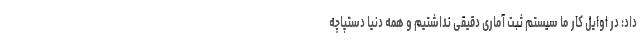
داد: در اوایل کار ما سیستم ثبت آماری دقیقی نداشتیم و همه دنیا دستپاچه